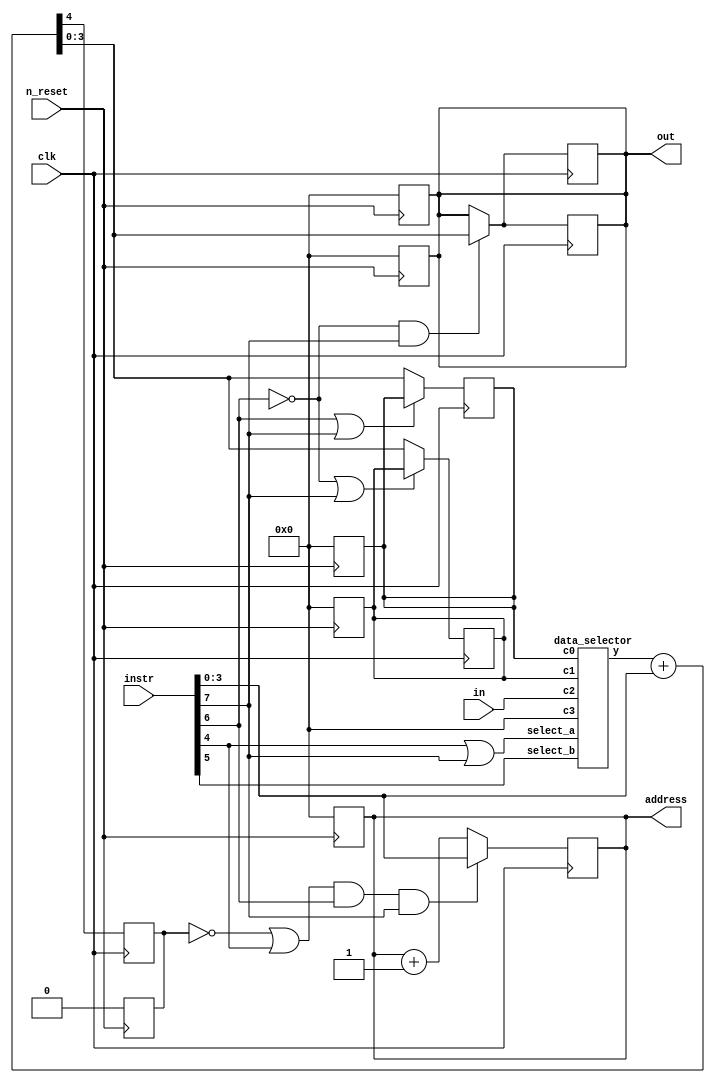
module cpu(
  input clk,
  input n_reset,
  output [3:0] address,
  input [7:0] instr,
  input [3:0] in,
  output [3:0] out);

  //------------------------
  // 
  //------------------------
  initial begin
    // $monitor("%t: pc = %b, a = %b, b = %b, instr = %b, op = %b, im = %b, select_a = %b, select_b = %b, load0 = %b, load1 = %b, load2 = %b", $time, pc_reg, a_reg, b_reg, instr, op, im, select_a, select_b, load0, load1, load2);
  end

  //------------------------
  // 
  //------------------------
  wire [3:0] op;
  wire [3:0] im;
  wire select_a, select_b;
  wire load0, load1, load2, load3;
  wire [3:0] selector_out;
  wire [3:0] alu_out;
  wire c; // Carry out

  reg [3:0] pc_reg; // Program counter
  reg [3:0] a_reg, b_reg; // A, B register
  reg [3:0] out_reg; // Out port register
  reg co_reg; // Carry out register

  //------------------------
  // 
  //------------------------

  // 
  data_selector ds (a_reg, b_reg, in, 4'b0000, select_a, select_b, selector_out);

  //------------------------
  // 
  //------------------------
  always @(negedge n_reset) begin
    a_reg <= 0;
    b_reg <= 0;
    out_reg <= 0;
  end

  always @(posedge clk) begin
    a_reg <= load0 ? alu_out : a_reg;
    b_reg <= load1 ? alu_out : b_reg;
    out_reg <= load2 ? alu_out : out_reg;
  end

  //------------------------
  // 
  //------------------------
  assign out = out_reg;

  always @(negedge n_reset)
    out_reg <= 0;

  always @(posedge clk)
    out_reg <= load2 ? alu_out : out_reg;

  //------------------------
  // 
  //------------------------
  assign address = pc_reg;

  always @(negedge n_reset)
    pc_reg <= 0;

  always @(posedge clk)
    pc_reg <= load3 ? im : pc_reg + 1;

  //------------------------
  // ALU  carry 
  //------------------------
  assign {c, alu_out} = selector_out + im;

  always @(negedge n_reset)
    co_reg <= 0;

  always @(posedge clk)
    co_reg <= c;

  //------------------------
  // 
  //------------------------
  assign op = instr[7:4]; // 
  assign im = instr[3:0]; // 

  // 
  assign select_a = op[0] | op[3];
  assign select_b = op[1];

  // 
  assign load0 = !(op[2] | op[3]); // A
  assign load1 = !(!op[2] | op[3]); // B
  assign load2 = !op[2] & op[3]; // 
  assign load3 = (!co_reg | op[0]) & op[2] & op[3]; // PC
endmodule

//------------------------
// 
//
// select_aselect_bc0c3
//
// * (select_a = L, select_b = L) => c0
// * (select_a = H, select_b = L) => c1
// * (select_a = L, select_b = H) => c2
// * (select_a = H, select_b = H) => c3
//------------------------
module data_selector(
  input [3:0] c0,
  input [3:0] c1,
  input [3:0] c2,
  input [3:0] c3,
  input select_a, select_b,
  output reg [3:0] y
);

  always @(*) begin
    if (select_a & select_b)
      y = c3;
    else if (!select_a & select_b)
      y = c2;
    else if (select_a & !select_b)
      y = c1;
    else
      y = c0;
  end
endmodule

//------------------------
// 
// out  $display 
// iverilog -o a cpu.v && ./a
//------------------------
module cpu_test();
  reg clk;
  reg n_reset;
  reg [3:0] port_in;

  wire [3:0] address;
  wire [7:0] dout;
  wire [3:0] port_out;

  // Generate clock
  always begin
    #5 clk = 1;
    #5 clk = 0;
  end

  cpu cpu(clk, n_reset, address, dout, port_in, port_out);
  test_rom rom(address, dout);

  // Finish after 3000 unit times
  always
    #3000 $finish;

  initial begin
    //  cpu_test.vcd 
    $dumpfile("cpu_test.vcd");

    // cpu 
    $dumpvars(0, cpu);

    // 
    $monitor("%t: out = %b", $time, port_out);
  end

  initial begin
    // Init variables
    #0 clk = 0; n_reset = 1; port_in = 4'b0101;

    // Reset cpu
    #10 n_reset = 0;
    #10 n_reset = 1;
  end
endmodule

//------------------------
// ROM
//------------------------
module test_rom(
  input [3:0] address,
  output reg [7:0] dout
);

  always @(address)
    case (address)
      /*
        
      */
      4'b0000: dout <= 8'b10110111;
      4'b0001: dout <= 8'b00000001;
      4'b0010: dout <= 8'b11100001;
      4'b0011: dout <= 8'b00000001;
      4'b0100: dout <= 8'b11100011;
      4'b0101: dout <= 8'b10110110;
      4'b0110: dout <= 8'b00000001;
      4'b0111: dout <= 8'b11100110;
      4'b1000: dout <= 8'b00000001;
      4'b1001: dout <= 8'b11101000;
      4'b1010: dout <= 8'b10110000;
      4'b1011: dout <= 8'b10110100;
      4'b1100: dout <= 8'b00000001;
      4'b1101: dout <= 8'b11101010;
      4'b1110: dout <= 8'b10111000;
      4'b1111: dout <= 8'b11111111;
      default: dout <= 8'bxxxxxxxx;
    endcase
endmodule